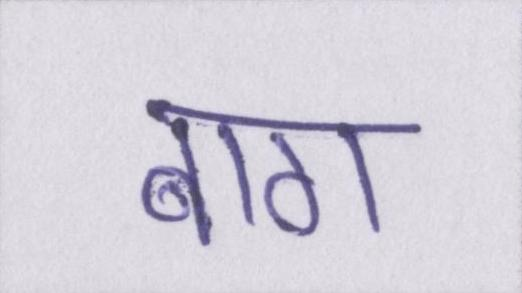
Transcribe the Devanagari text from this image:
बाग